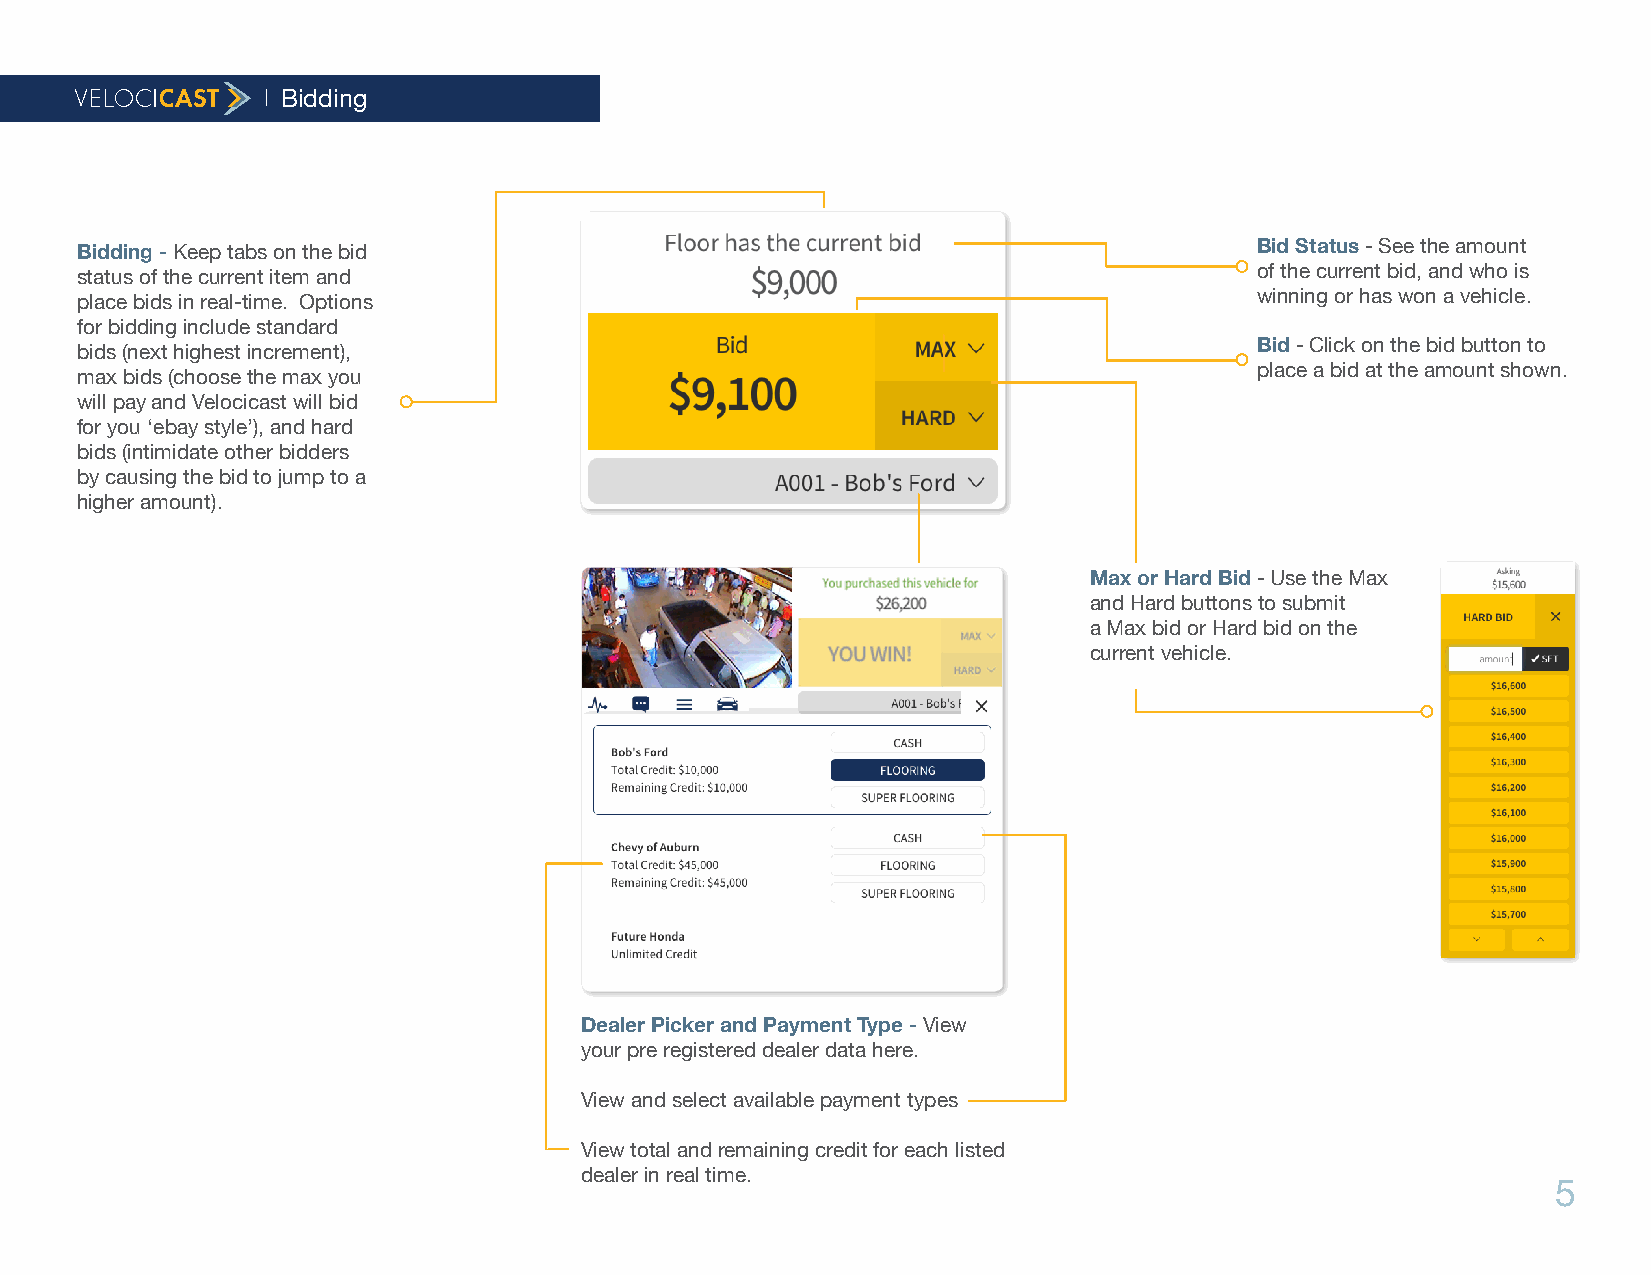
Bidding
 Bidding - Keep tabs on the bid                                                Bid Status - See the amount
 status of the current item and                                                of the current bid, and who is
 place bids in real-time. Options                                              winning or has won a vehicle.
 for bidding include standard
 Bid - Click on the bid button to
 bids (next highest increment),
 place a bid at the amount shown.
 max bids (choose the max you
 will pay and Velocicast will bid
 for you ‘ebay style’), and hard
 bids (intimidate other bidders
 by causing the bid to jump to a
 higher amount).
 Max or Hard Bid - Use the Max
 and Hard buttons to submit
 a Max bid or Hard bid on the
 current vehicle.
 Dealer Picker and Payment Type - View
 your pre registered dealer data here.
 View and select available payment types
 View total and remaining credit for each listed
 dealer in real time.
 5